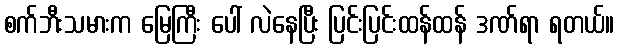
စက်ဘီးသမားက မြေကြီး ပေါ် လဲနေပြီး ပြင်းပြင်းထန်ထန် ဒဏ်ရာ ရတယ်။